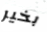
بخير